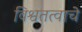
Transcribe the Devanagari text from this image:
विश्वतत्वाचे